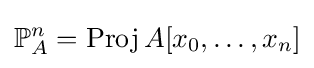
\mathbb {P} _{A}^{n}=\operatorname {Proj} A[x_{0},\ldots ,x_{n}]